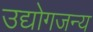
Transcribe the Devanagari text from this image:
उद्योगजन्य